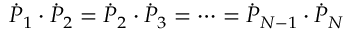
{ \dot { P } } _ { 1 } \cdot { \dot { P } } _ { 2 } = { \dot { P } } _ { 2 } \cdot { \dot { P } } _ { 3 } = \dots = { \dot { P } } _ { N - 1 } \cdot { \dot { P } } _ { N }